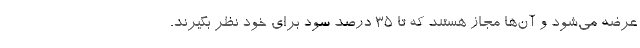
عرضه می‌شود و آن‌ها مجاز هستند که تا 35 درصد سود برای خود نظر بگیرند.